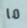
ما